Report of the Indian Hemp Drugs Commission, 1894-1895 - Volume VIII
Year: 1894
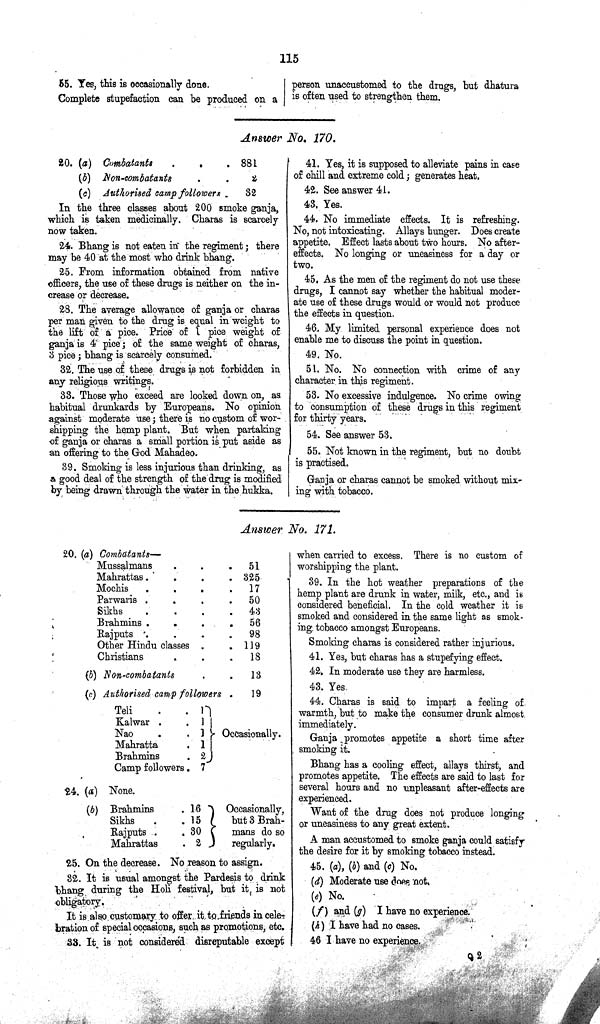
115
55. Yes, this is occasionally done.
Complete stupefaction can be produced on a
person unaccustomed to the drugs, but dhatura
is often used to strengthen them.
Answer No. 170.
20. (a) Combatants
881
(b) Non-combatants
2
(c) Authorised camp followers
32
In the three classes about 200 smoke ganja,
which is taken medicinally. Charas is scarcely
now taken.
24. Bhang is not eaten in the regiment; there
may be 40 at the most who drink bhang.
25. From information obtained from native
officers, the use of these drugs is neither on the in¬
crease or decrease.
28. The average allowance of ganja or charas
per man given to the drug is equal in weight to
the lift of a pice. Price of 1 pice weight of
ganja is 4 pice; of the same weight of charas,
3 pice; bhang is scarcely consumed.
32. The use of these drugs is not forbidden in
any religious writings.
33. Those who exceed arc looked down on, as
habitual drunkards by Europeans. No opinion
against moderate use; there is no custom of wor¬
shipping the hemp plant. But when partaking
of ganja or charas a small portion is put aside as
an offering to the God Mahadeo.
39. Smoking is less injurious than drinking, as
a good deal of the strength of the drug is modified
by being drawn through the water in the hukka.
41. Yes, it is supposed to alleviate pains in case
of chill and extreme cold; generates heat.
42. See answer 41.
43. Yes.
44. No immediate effects. It is refreshing.
No, not intoxicating. Allays hunger. Does create
appetite. Effect lasts about two hours. No after¬
effects. No longing or uneasiness for a day or
two.
45. As the men of the regiment do not use these
drugs, I cannot say whether the habitual moder¬
ate use of these drugs would or would not produce
the effects in question.
46. My limited personal experience does not
enable me to discuss the point in question.
49. No.
51. No. No connection with crime of any
character in this regiment.
53. No excessive indulgence. No crime owing
to consumption of these drugs in this regiment
for thirty years.
54. See answer 53.
55. Not known in the regiment, but no doubt
is practised.
Ganja or charas cannot be smoked without mix¬
ing with tobacco.
Answer No. 171.
20. (a) Combatants—
Mussalmans
51
Mahrattas
325
Mochis
17
Parwaris
50
Sikhs
43
Brahmins
56
Rajputs
98
Other Hindu classes
119
Christians
18
(b) Non-combatants
13
(c) Authorised camp followers
19
Teli
1
Kalwar
1
Nao
1 Occasionally.
Mahratta
1
Brahmins
2
Camp followers 7
24. (a) None.
(b) Brahmins
16
Occasionally,
Sikhs
15
but 3 Brah-
Rajputs
30
mans do so
Mahrattas
2
regularly.
25. On the decrease. No reason to assign.
32. It is usual amongst the Pardesis to drink
bhang during the Holi festival, but it is not
obligatory.
It is also customary to offer it to friends in cele-
bration of special occasions, such as promotions, etc.
33. It is not considered disreputable except
when carried to excess. There is no custom of
worshipping the plant.
39. In the hot weather preparations of the
hemp plant are drunk in water, milk, etc., and is
considered beneficial. In the cold weather it is
smoked and considered in the same light as smok¬
ing tobacco amongst Europeans.
Smoking charas is considered rather injurious.
41. Yes, but charas has a stupefying effect.
42. In moderate use they are harmless.
43. Yes.
44. Charas is said to impart a feeling of
warmth, but to make the consumer drunk almost
immediately.
Ganja promotes appetite a short time after
smoking it.
Bhang has a cooling effect, allays thirst, and
promotes appetite. The effects are said to last for
several hours and no unpleasant after-effects are
experienced.
Want of the drug does not produce longing
or uneasiness to any great extent.
A man accustomed to smoke ganja could satisfy
the desire for it by smoking tobacco instead.
45. (a), (b) and (c) No.
(d) Moderate use does not.
(e) No.
(f) and (g) I have no experience.
(h) I have had no cases.
46 I have no experience.
Q 2